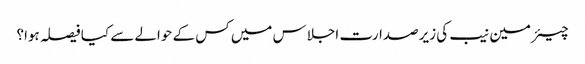
چیئرمین نیب کی زیرصدارت اجلاس میں کس کے حوالے سے کیا فیصلہ ہوا؟